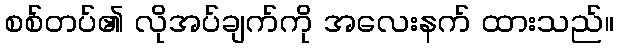
စစ်တပ်၏ လိုအပ်ချက်ကို အလေးနက် ထားသည်။